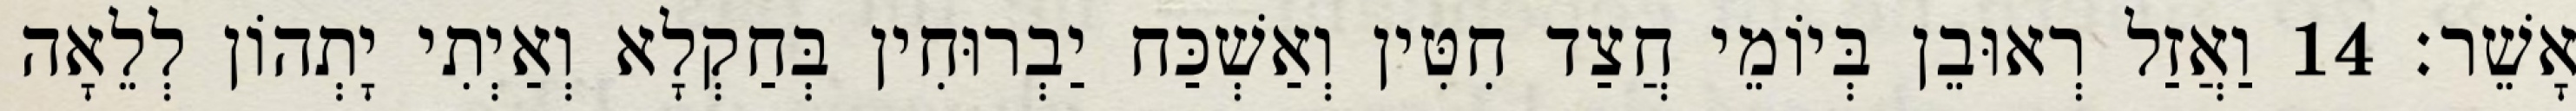
אָשֵׁר׃ 14 וַאֲזַל רְאוּבֵן בְּיוֹמֵי חֲצַד חִטִּין וְאַשְׁכַּח יַבְרוּחִין בְּחַקְלָא וְאַיְתִי יָתְהוֹן לְלֵאָה